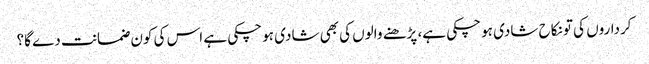
کرداروں کی تو نکاح شادی ہو چکی ہے، پڑھنے والوں کی بھی شادی ہو چکی ہے اس کی کون ضمانت دے گا؟